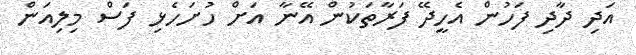
އަދި ދާދި ފަހުން އެހީދޭ ފަރާތަކުން އޭނާ އަށް ހުށަހެޅި ފަސް މިލިއަން